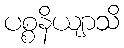
ပစ္စနိယျာသိ